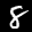
Label: 8